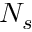
N _ { s }